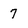
Character: 7